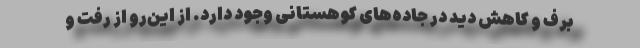
برف و کاهش دید در جاده‌های کوهستانی وجود دارد. از این‌رو از رفت و